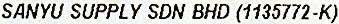
SANYU SUPPLY SDN BHD (1135772-K)